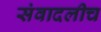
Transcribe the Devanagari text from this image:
संवादलीच